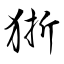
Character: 狾